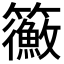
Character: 𥷲